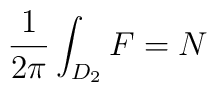
\frac{1}{2\pi }\int_{D_{2}}F=N